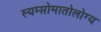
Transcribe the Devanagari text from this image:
स्यम्प्तोमातोलोग्य